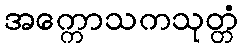
အက္ကောသကသုတ္တံ